Report on vaccination in Madras 1877-1894 - 1877-1894
Year: 1877
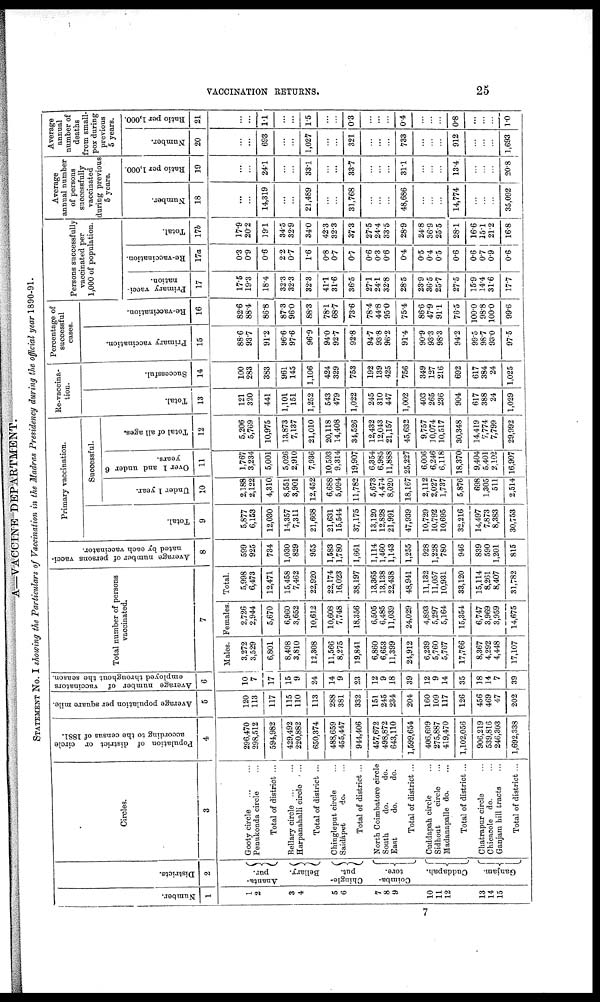
VACCINATION RETURNS.
25
A—VACCINE DEPARTMENT.
STATEMENT No. I showing the Particulars of Vaccination in the Madras Presidency during the official year 1890-91.
Number.
1
1
2
3
4
5
6
7
8
9
10
11
12
13
14
15
Districts.
2
Ananta¬
pur.
Bellary.
Chingle¬
put.
Coimba¬
tore.
Cuddapah.
Ganjam.
Circles.
3
Gooty circle
...
...
Penukonda circle ...
Total of district ...
Bellary circle ...
Harpanahalli circle
...
Total of district ...
Chingleput circle ...
Saidápet
do. ...
Total of district ...
North Coimbatore circle
South
do.
do.
East
do.
do.
Total of district ...
Caddapah circle ...
Sidhout
circle ...
Madanapalle do. ...
Total of district ...
Chatrapur circle ...
Chicacole do. ...
Ganjam hill tracts ...
Total of district ...
Population of district or circle
according to the census of 1881.
4
296,470
298,512
594,982
429,492
220,882
650,374
488,659
455,447
944,406
457,672
498,872
643,110
1,599,654
406,699
275,887
419,470
1,102,056
906,219
539,816
246,303
1,692,338
Average population per square mile.
5
120
113
117
115
110
113
288
381
332
151
245
234
204
160
109
117
126
456
469
47
202
Average number of vaccinators
employed throughout the season.
6
10
7
17
15
9
24
14
9
23
12
9
18
39
12
9
14
35
18
14
7
39
Total number of persons
vaccinated.
7
Males.
3,272
3,529
6,801
8,498
3,810
12,308
11,566
8,275
19,841
6,860
6,653
11,399
24,912
6,239
5,760
5,767
17,766
8,367
4,292
4,448
17,107
Females.
2,726
2,944
5,670
6,960
3,652
10,612
10,608
7,748
18,356
6,505
6,485
11,039
24,029
4,893
5,297
5,164
15,354
6,747
3,969
3,959
14,675
Total.
5,998
6,473
12,471
15,458
7,462
22,920
22,174
16,023
38,197
13,365
13,138
22,438
48,941
11,132
11,057
10,931
33,120
15,114
8,261
8,407
31,782
Average number of persons vacci-
nated by each vaccinator.
8
599
925
734
1,030
829
955
1,583
1,780
1,661
1,114
1,460
1,143
1,255
928
1,228
780
946
839
590
1,201
815
Primary vaccination.
Total.
9
5,877
6,153
12,030
14,357
7,311
21,668
21,631
15,544
37,175
13,120
12,828
21,991
47,939
10,729
10,792
10,695
32,216
14,497
7,873
8,383
30,753
Successful.
Under 1 year.
10
2,188
2,122
4,310
8,551
3,901
12,452
6,688
5,094
11,782
5,673
4,474
8,020
18,167
2,112
2,027
1,737
5,876
698
1,305
511
2,514
Over 1 and under 6
years.
11
1,767
3,234
5,001
5,026
2,910
7,936
10,593
9,314
19,907
6,354
6,985
11,888
25,227
6,006
6,246
6,118
18,370
9,404
5,401
2,102
16,907
Total of all ages.
12
5,206
5,769
10,975
13,873
7,137
21,010
20,118
14,408
34,526
12,432
12,043
21,157
45,632
9,757
10,074
10,517
30,348
14,419
7,774
7,799
29,992
Re-vaccina-
tion.
Total.
13
121
320
441
1,101
151
1,252
543
479
1,022
245
310
447
1,002
403
265
236
904
617
388
24
1,029
Successful.
14
100
283
383
961
145
1,106
424
329
753
192
139
425
756
349
127
216
692
617
384
24
1,025
Percentage of
successful
cases.
Primary vaccination.
15
88.6
93.7
91.2
96.6
97.6
96.9
94.0
92.7
92.8
94.7
93.8
96.2
91.4
90.9
93.3
98.3
94.2
99.5
98.7
93.0
97.5
Re-vaccination.
16
82.6
88.4
86.8
87.3
96.0
88.3
78.1
68.7
73.6
78.4
44.8
95.0
75.4
86.6
47.9
91.1
76.5
100.0
98.8
100.0
99.6
Persons successfully
vaccinated per
1,000 of population.
Primary vacci-
nation.
17
17.5
19.3
18.4
32.3
32.3
32.3
41.1
31.6
36.5
27.1
24.1
32.8
28.5
23.9
36.5
25.7
27.5
15.9
14.4
31.6
17.7
Re-vaccination.
17a
0.3
0.9
0.6
2.2
0.7
1.6
0.8
0.7
0.7
0.6
0.3
0.6
0.4
0.5
0.4
0.5
0.6
0.6
0.7
0.9
0.6
Total.
17b
17.9
20.2
19.1
34.5
32.9
34.0
42.3
32.3
37.3
27.5
24.4
33.5
28.9
24.8
36.9
25.5
28.1
16.6
15.1
21.2
16.8
Average
annual number
of persons
successfully
vaccinated
during previous
5 years.
Number.
18
...
...
14,319
...
...
21,489
...
...
31,768
...
...
...
48,686
...
...
...
14,774
...
...
...
35,092
Ratio per 1,000.
19
...
...
24.1
...
...
33.1
...
...
337
...
...
...
31.1
...
...
...
13.4
...
...
...
20.8
Average
annual
number of
deaths
from small-
pox during
previous
5 years.
Number.
20
...
...
693
...
...
1,027
...
...
321
...
...
...
733
...
...
...
912
...
...
...
1,693
Ratio per 1,000.
21
...
...
1.1
...
...
1.5
...
...
0.3
...
...
...
0.4
...
...
...
0.8
...
...
...
1.0
7